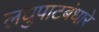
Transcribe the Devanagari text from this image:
लघुपाटबंधारे